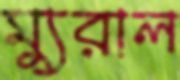
ম্যুরাল